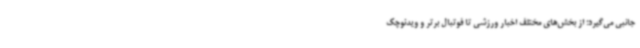
جانبی می‌گیرد؛ از بخش‌های مختلف اخبار ورزشی تا فوتبال برتر و ویدئوچک